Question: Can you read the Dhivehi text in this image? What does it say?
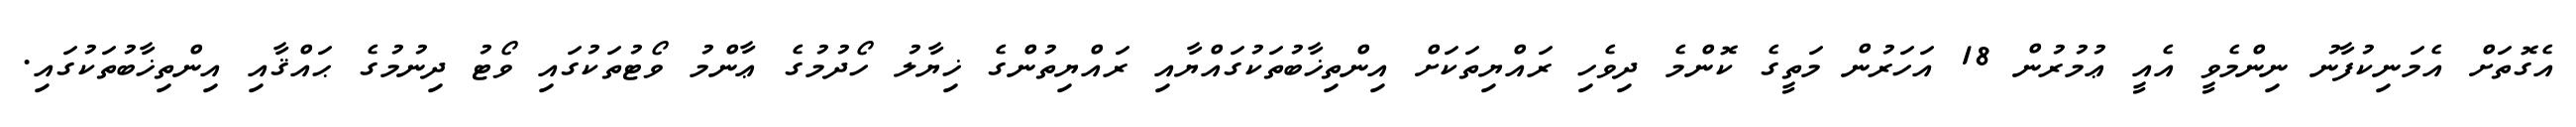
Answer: އެގޮތަށް އެމަނިކުފާނު ނިންމެވީ އެއީ ޢުމުރުން 18 އަހަރުން މަތީގެ ކޮންމެ ދިވެހި ރައްޔިތަކަށް އިންތިޚާބުތަކުގައްޔާއި ރައްޔިތުންގެ ޚިޔާލު ހޯދުމުގެ ޢާންމު ވޯޓުތަކުގައި ވޯޓު ދިނުމުގެ ޙައްޤާއި އިންތިޚާބުތަކުގައި.